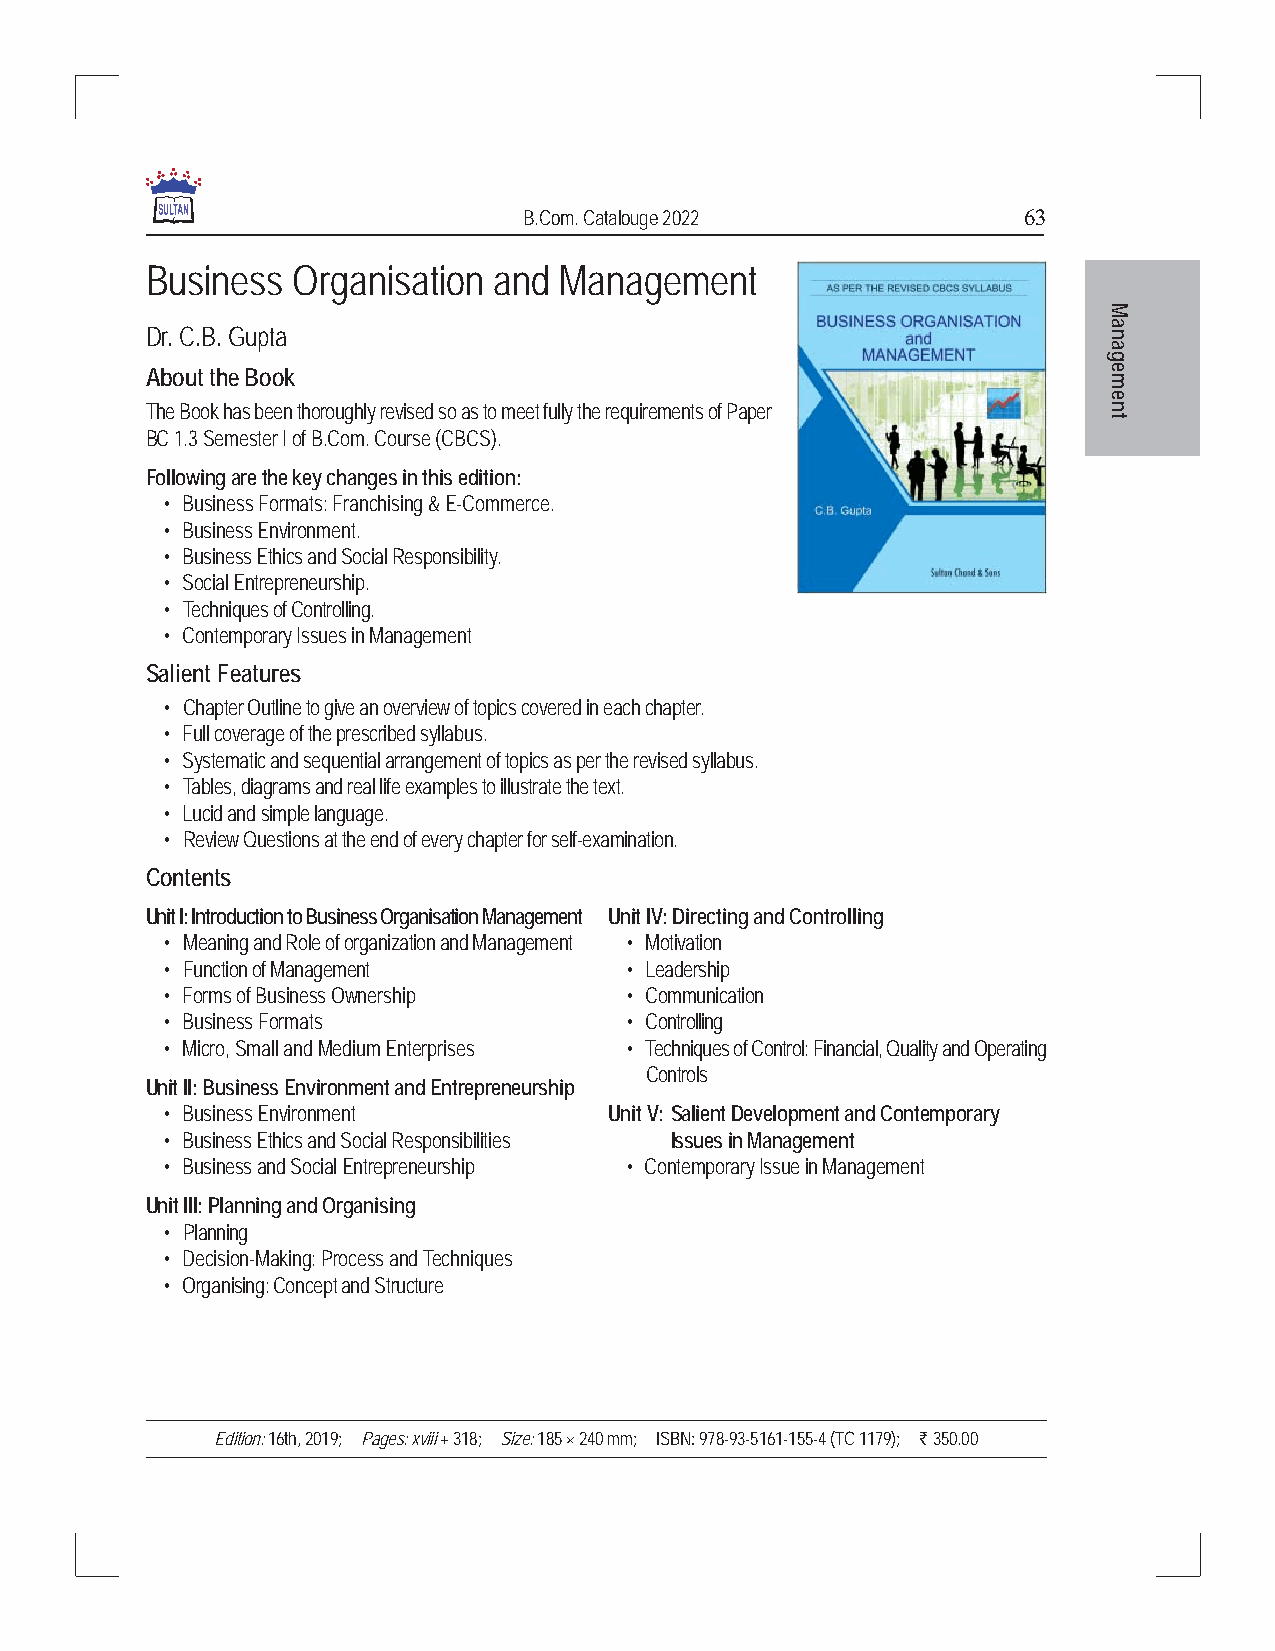
B.Com. Catalouge 2022            63
 Business Organisation  and Management
 M
 Dr. C.B. Gupta                                                 na
 a
 g
 About the Book                                                 e
 m
 e
 The Book has been thoroughly revised so as to meet fully the requirements of Paper n
 t
 BC 1.3 Semester I of B.Com. Course (CBCS).
 Following are the key changes in this edition:
 • Business Formats: Franchising & E-Commerce.
 • Business Environment.
 • Business Ethics and Social Responsibility.
 • Social Entrepreneurship.
 • Techniques of Controlling.
 • Contemporary Issues in Management
 Salient Features
 • Chapter Outline to give an overview of topics covered in each chapter.
 • Full coverage of the prescribed syllabus.
 • Systematic and sequential arrangement of topics as per the revised syllabus.
 • Tables, diagrams and real life examples to illustrate the text.
 • Lucid and simple language.
 • Review Questions at the end of every chapter for self-examination.
 Contents
 Unit I: Introduction to Business Organisation Management Unit IV: Directing and Controlling
 • Meaning and Role of organization and Management • Motivation
 • Function of Management      • Leadership
 • Forms of Business Ownership • Communication
 • Business Formats            • Controlling
 • Micro, Small and Medium Enterprises • Techniques of Control: Financial, Quality and Operating
 Controls
 Unit II: Business Environment and Entrepreneurship
 • Business Environment       Unit V:Salient Development and Contemporary
 • Business Ethics and Social Responsibilities Issues in Management
 • Business and Social Entrepreneurship • Contemporary Issue in Management
 Unit III: Planning and Organising
 • Planning
 • Decision-Making: Process and Techniques
 • Organising: Concept and Structure
 Edition: 16th, 2019; Pages: xviii + 318; Size: 185 × 240 mm; ISBN: 978-93-5161-155-4 (TC 1179); ` 350.00